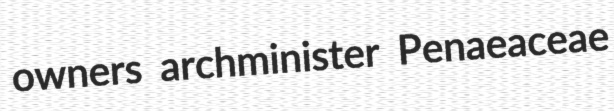
owners archminister Penaeaceae